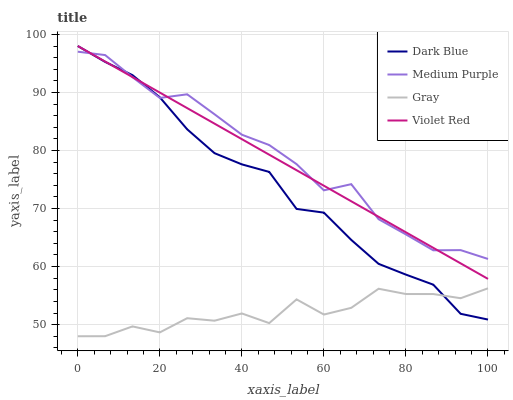
| xaxis_label | Dark Blue | Medium Purple | Gray | Violet Red |
 | --- | --- | --- | --- | --- |
 | 0 | 98 | 97 | 48 | 98 |
 | 6.67 | 95.3 | 96.4 | 48 | 95.3 |
 | 13.3 | 93 | 92.6 | 49.7 | 92.7 |
 | 20 | 89.2 | 89.1 | 48.7 | 90 |
 | 26.7 | 83.7 | 89.7 | 51.1 | 87.3 |
 | 33.3 | 79.5 | 86.2 | 50.7 | 84.6 |
 | 40 | 77.6 | 82.7 | 51.9 | 82 |
 | 46.7 | 76.3 | 80.9 | 50.3 | 79.3 |
 | 53.3 | 69.9 | 77.7 | 54.4 | 76.6 |
 | 60 | 69.3 | 73.1 | 51.7 | 73.9 |
 | 66.7 | 64.6 | 74.2 | 52.9 | 71.3 |
 | 73.3 | 60.5 | 68.2 | 56.2 | 68.6 |
 | 80 | 58.6 | 65.5 | 55.3 | 65.9 |
 | 86.7 | 56.9 | 62.8 | 55.3 | 63.2 |
 | 93.3 | 51.9 | 62.8 | 54.6 | 60.6 |
 | 100 | 50.9 | 61.3 | 56.3 | 57.9 |